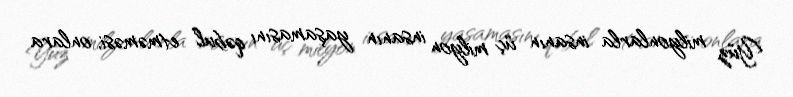
Yüz milyonlarla insanın üç milyon insanın yaşamasını qəbul etməməsi, onlara